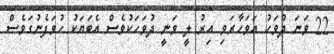
22 ވަނަ ދުވަހު އަވަހާރަވި އިރު ލީ ވަނީ ދުވަހަކުވެސް އެބަޔަކު ހުވަފެނުގަވެސް